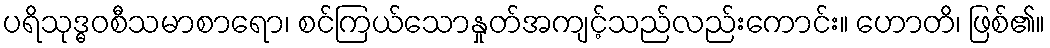
ပရိသုဒ္ဓဝစီသမာစာရော၊ စင်ကြယ်သောနှုတ်အကျင့်သည်လည်းကောင်း။ ဟောတိ၊ ဖြစ်၏။